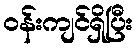
ဝန်းကျင်ရှိပြီး